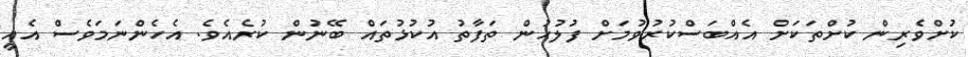
ކުށްވެރިން ކުށްތަކަށް އެއްބަސްކުރުވުމަށް ފުލުހުން ތަފާތު އުކުޅުތައް ބޭނުން ކުރެއެވެ. އެހެންނަމަވެސް އެއީ